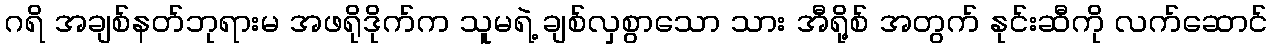
ဂရိ အချစ်နတ်ဘုရားမ အဖရိုဒိုက်က သူမရဲ့ ချစ်လှစွာသော သား အီရို့စ် အတွက် နုင်းဆီကို လက်ဆောင်